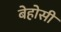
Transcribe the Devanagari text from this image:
बेहोसी